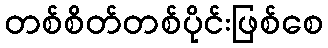
တစ်စိတ်တစ်ပိုင်းဖြစ်စေ